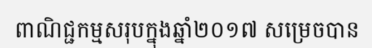
ពាណិជ្ជកម្មសរុបក្នុងឆ្នាំ២០១៧ សម្រេចបាន